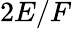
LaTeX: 2E/F